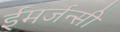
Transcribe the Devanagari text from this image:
ईमर्जन्सी